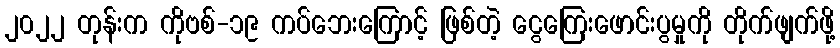
၂၀၂၂ တုန်းက ကိုဗစ်-၁၉ ကပ်ဘေးကြောင့် ဖြစ်တဲ့ ငွေကြေးဖောင်းပွမှုကို တိုက်ဖျက်ဖို့